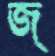
জ্